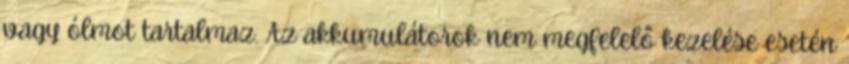
vagy ólmot tartalmaz. Az akkumulátorok nem megfelelő kezelése esetén